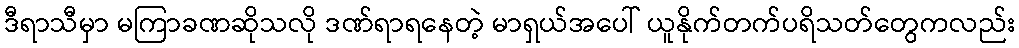
ဒီရာသီမှာ မကြာခဏဆိုသလို ဒဏ်ရာရနေတဲ့ မာရှယ်အပေါ် ယူနိုက်တက်ပရိသတ်တွေကလည်း